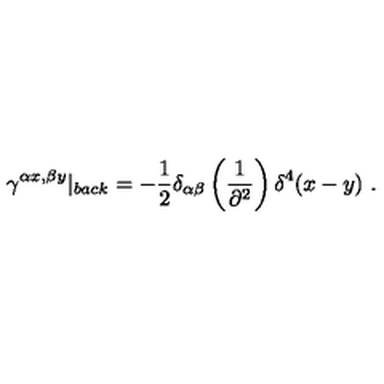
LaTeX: \gamma ^ { \alpha x , \beta y } \vert _ { b a c k } = - \frac { 1 } { 2 } \delta _ { \alpha \beta } \left( \frac { 1 } { \partial ^ { 2 } } \right) \delta ^ { 4 } ( x - y ) \ .